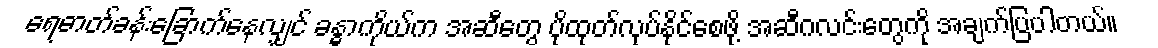
ရေဓာတ်ခန်းခြောက်နေလျှင် ခန္ဓာကိုယ်က အဆီတွေ ပိုထုတ်လုပ်နိုင်စေဖို့ အဆီဂလင်းတွေကို အချက်ပြပါတယ်။